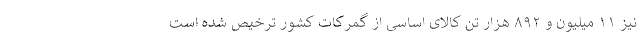
نیز ۱۱ میلیون و ۸۹۲ هزار تن کالای اساسی از گمرکات کشور ترخیص شده است